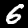
Label: 6